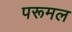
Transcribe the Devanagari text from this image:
परूमल